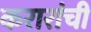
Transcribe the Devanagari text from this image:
करारांची